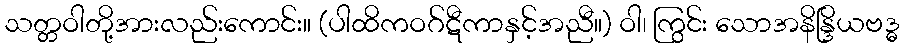
သတ္တဝါတို့အားလည်းကောင်း။ (ပါထိကဝဂ်ဋီကာနှင့်အညီ။) ဝါ၊ ကြွင်း သောအနိန္ဒြိယဗဒ္ဓ